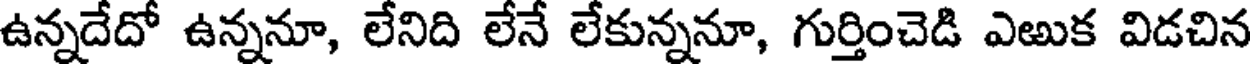
ఉన్నదేదో ఉన్ననూ, లేనిది లేనే లేకున్ననూ, గుర్తించెడి ఎఱుక విడచిన